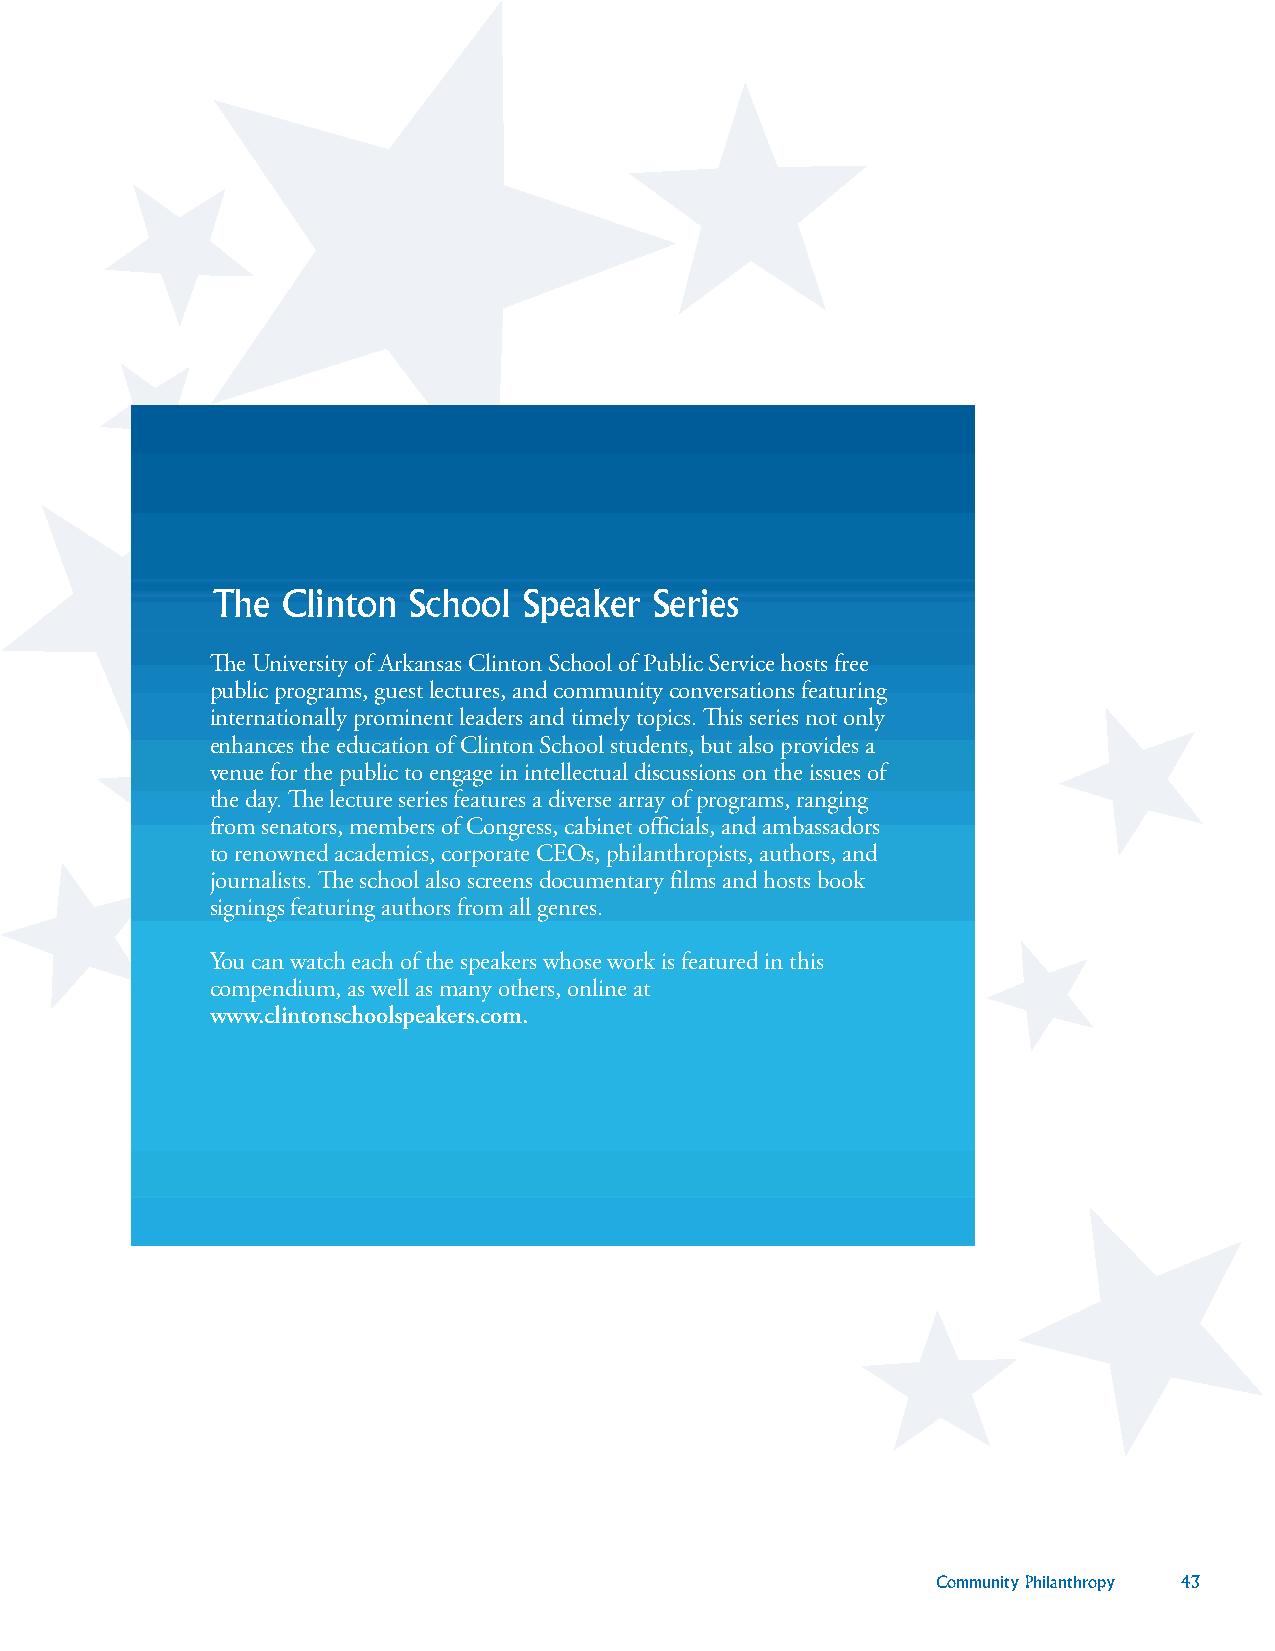
The  Clinton School  Speaker Series
 The University of Arkansas Clinton School of Public Service hosts free
 public programs, guest lectures, and community conversations featuring
 internationally prominent leaders and timely topics. This series not only
 enhances the education of Clinton School students, but also provides a
 venue for the public to engage in intellectual discussions on the issues of
 the day. The lecture series features a diverse array of programs, ranging
 from senators, members of Congress, cabinet officials, and ambassadors
 to renowned academics, corporate CEOs, philanthropists, authors, and
 journalists. The school also screens documentary films and hosts book
 signings featuring authors from all genres.
 You can watch each of the speakers whose work is featured in this
 compendium, as well as many others, online at
 www.clintonschoolspeakers.com.
 Community Philanthropy 43